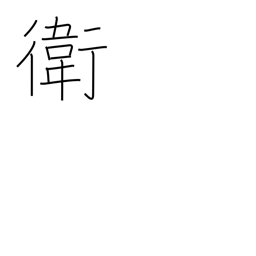
Meaning: protection